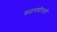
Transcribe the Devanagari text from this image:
वळचणीलाही